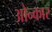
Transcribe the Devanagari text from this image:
ओन्कार